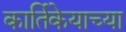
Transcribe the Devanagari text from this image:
कार्तिकेयाच्या